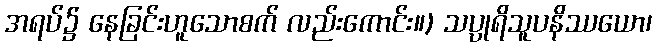
အရပ်၌ နေခြင်းဟူသောစက် လည်းကောင်း။) သပ္ပုရိသူပနိဿယော၊